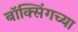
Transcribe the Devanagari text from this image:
बॉक्सिंगच्या